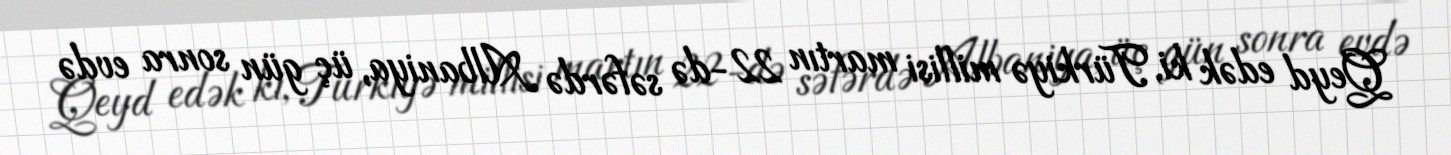
Qeyd edək ki, Türkiyə millisi martın 22-də səfərdə Albaniya, üç gün sonra evdə